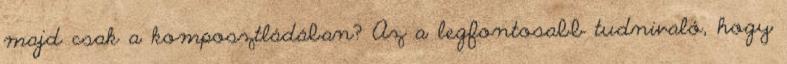
majd csak a komposztládában? Az a legfontosabb tudnivaló, hogy